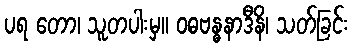
ပရ တော၊ သူတပါးမှ။ ဝဓဗန္ဓနာဒီနိ၊ သတ်ခြင်း